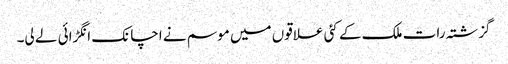
گزشتہ رات ملک کے کئی علاقوں میں موسم نے اچانک انگڑائی لے لی۔